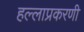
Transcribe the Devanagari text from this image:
हल्लाप्रकरणी